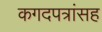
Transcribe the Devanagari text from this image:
कगदपत्रांसह